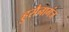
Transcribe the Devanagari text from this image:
हुसैनागंज